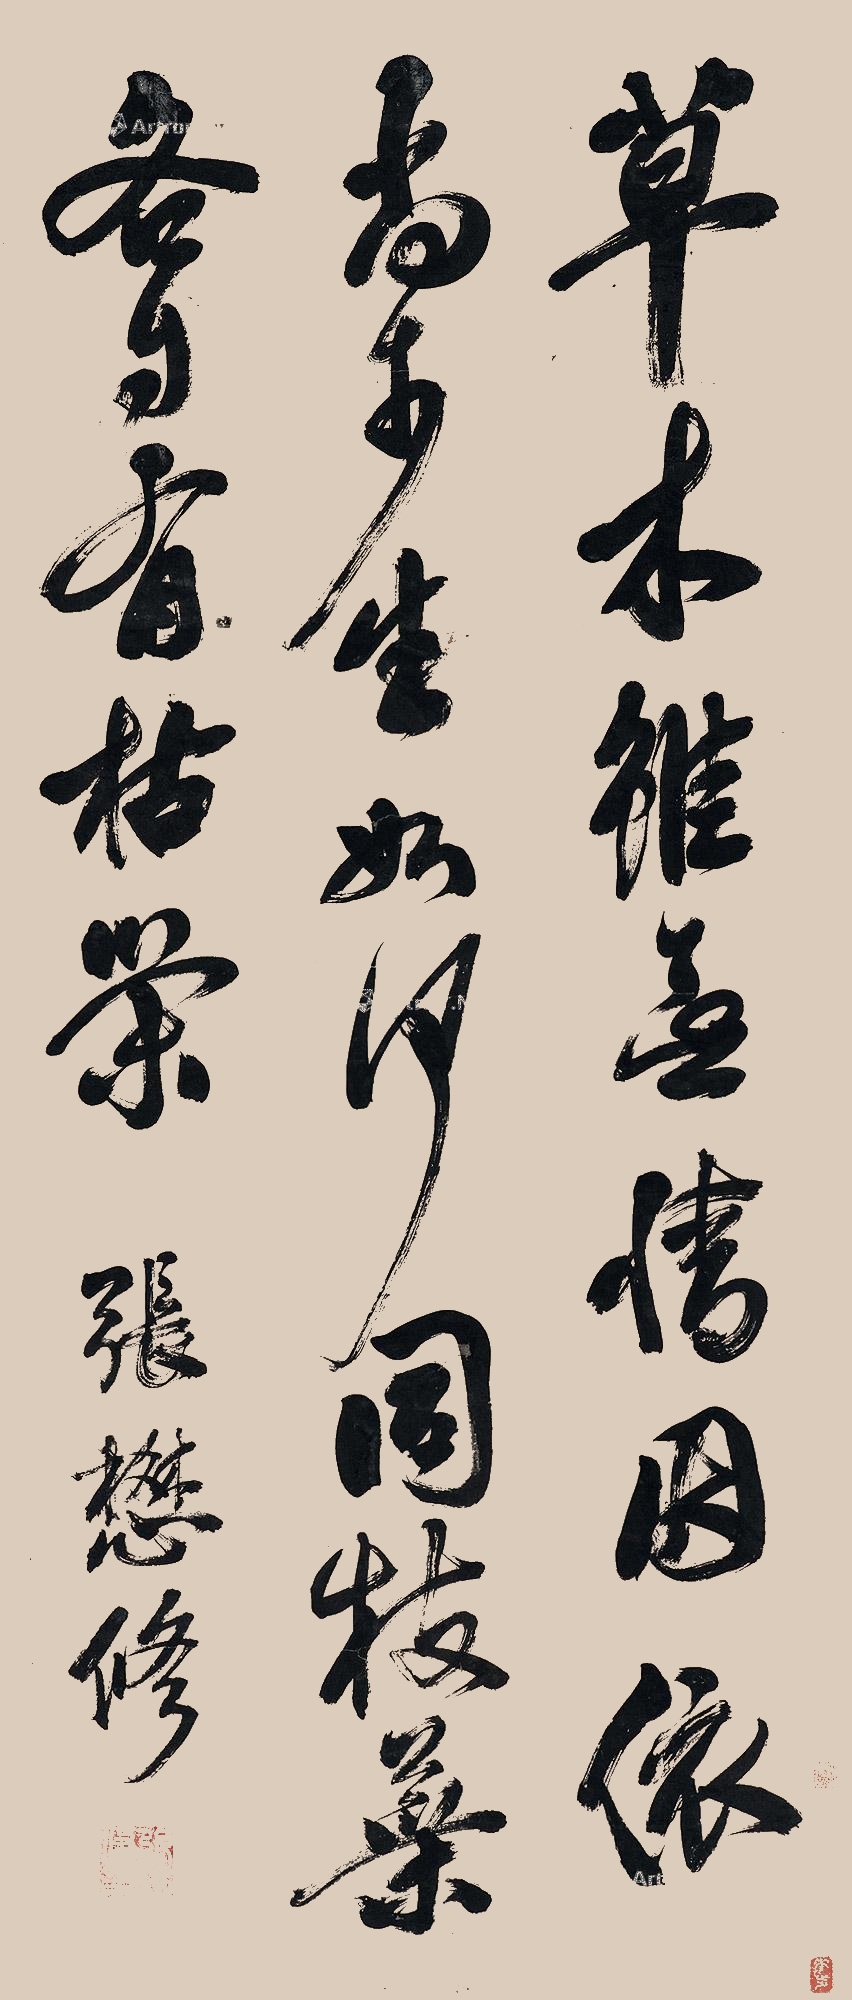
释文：草木虽无情，因依尚可生。如何同枝叶，各自有枯荣。张懋修。